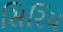
સિરિય